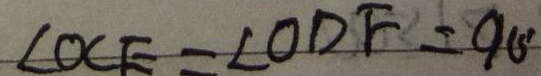
\angle O C E = \angle O D F = 9 0 ^ { \circ }